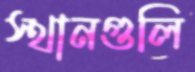
স্থানগুলি